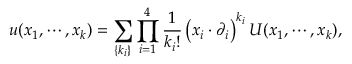
u ( x _ { 1 } , \cdots , x _ { k } ) = \sum _ { \{ k _ { i } \} } \prod _ { i = 1 } ^ { 4 } \frac { 1 } { k _ { i } ! } \left( x _ { i } \cdot \partial _ { i } \right) ^ { k _ { i } } U ( x _ { 1 } , \cdots , x _ { k } ) ,